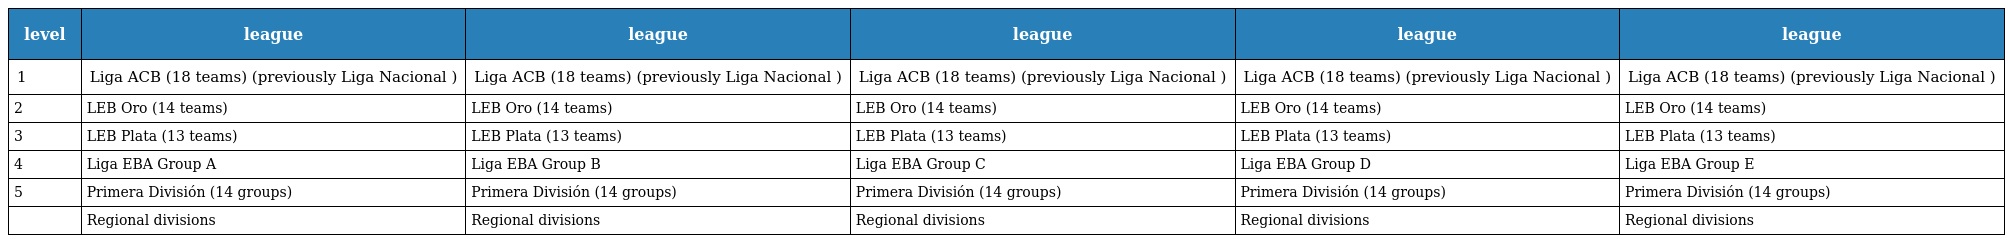
| level | league | league | league | league | league |
 | --- | --- | --- | --- | --- | --- |
 | 1 | Liga ACB (18 teams) (previously Liga Nacional ) | Liga ACB (18 teams) (previously Liga Nacional ) | Liga ACB (18 teams) (previously Liga Nacional ) | Liga ACB (18 teams) (previously Liga Nacional ) | Liga ACB (18 teams) (previously Liga Nacional ) |
 | 2 | LEB Oro (14 teams) | LEB Oro (14 teams) | LEB Oro (14 teams) | LEB Oro (14 teams) | LEB Oro (14 teams) |
 | 3 | LEB Plata (13 teams) | LEB Plata (13 teams) | LEB Plata (13 teams) | LEB Plata (13 teams) | LEB Plata (13 teams) |
 | 4 | Liga EBA Group A | Liga EBA Group B | Liga EBA Group C | Liga EBA Group D | Liga EBA Group E |
 | 5 | Primera División (14 groups) | Primera División (14 groups) | Primera División (14 groups) | Primera División (14 groups) | Primera División (14 groups) |
 |  | Regional divisions | Regional divisions | Regional divisions | Regional divisions | Regional divisions |